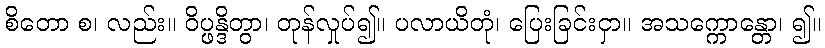
စိတော စ၊ လည်း။ ဝိပ္ဖန္ဒိတွာ၊ တုန်လှုပ်၍။ ပလာယိတုံ၊ ပြေးခြင်းငှာ။ အသက္ကောန္တော၊ ၍။